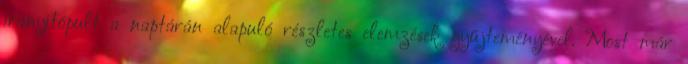
irányítópult a naptárán alapuló részletes elemzések gyűjteményével. Most már